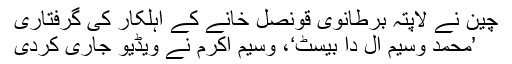
چین نے لاپتہ برطانوی قونصل خانے کے اہلکار کی گرفتاری
’محمد وسیم آل دا بیسٹ‘، وسیم اکرم نے ویڈیو جاری کردی